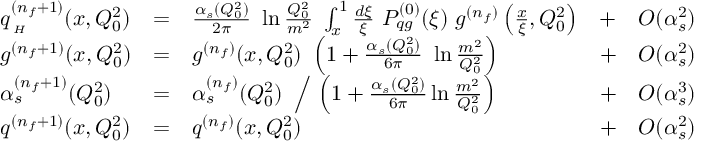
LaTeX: \begin{array} { l l l l l } { { q _ { { } \atop { \tiny { H } } } ^ { ( n _ { f } + 1 ) } ( x , Q _ { 0 } ^ { 2 } ) } } & { { = } } & { { \frac { \alpha _ { s } ( Q _ { 0 } ^ { 2 } ) } { 2 \pi } \ \ln \frac { Q _ { 0 } ^ { 2 } } { m ^ { 2 } } \ \int _ { x } ^ { 1 } \frac { d \xi } { \xi } \ P _ { q g } ^ { ( 0 ) } ( \xi ) \ g ^ { ( n _ { f } ) } \left( \frac { x } { \xi } , Q _ { 0 } ^ { 2 } \right) } } & { { + } } & { { { \cal { O } } ( \alpha _ { s } ^ { 2 } ) } } \\ { { g ^ { ( n _ { f } + 1 ) } ( x , Q _ { 0 } ^ { 2 } ) } } & { { = } } & { { g ^ { ( n _ { f } ) } ( x , Q _ { 0 } ^ { 2 } ) \ \left( 1 + \frac { \alpha _ { s } ( Q _ { 0 } ^ { 2 } ) } { 6 \pi } \ \ln \frac { m ^ { 2 } } { Q _ { 0 } ^ { 2 } } \right) } } & { { + } } & { { { \cal { O } } ( \alpha _ { s } ^ { 2 } ) } } \\ { { \alpha _ { s } ^ { ( n _ { f } + 1 ) } ( Q _ { 0 } ^ { 2 } ) } } & { { = } } & { { \alpha _ { s } ^ { ( n _ { f } ) } ( Q _ { 0 } ^ { 2 } ) \ \left/ \ \left( 1 + \frac { \alpha _ { s } ( Q _ { 0 } ^ { 2 } ) } { 6 \pi } \ln \frac { m ^ { 2 } } { Q _ { 0 } ^ { 2 } } \right) \right. } } & { { + } } & { { { \cal { O } } ( \alpha _ { s } ^ { 3 } ) } } \\ { { q ^ { ( n _ { f } + 1 ) } ( x , Q _ { 0 } ^ { 2 } ) } } & { { = } } & { { q ^ { ( n _ { f } ) } ( x , Q _ { 0 } ^ { 2 } ) } } & { { + } } & { { { \cal { O } } ( \alpha _ { s } ^ { 2 } ) } } \end{array}